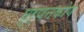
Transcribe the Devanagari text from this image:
घूर्णनकोण